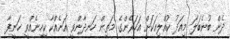
ދެން ބުނެބަލަ މިއަދު ކުއްލިއަކަށް އަހަރެންގެ މަތިން ހަނދާންވީ އަނެއްކާ ކިހިނެއްވީ ހަނީފާ